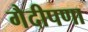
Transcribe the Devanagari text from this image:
गैदीपणा